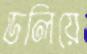
ডলিয়ে